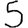
Digit: 5